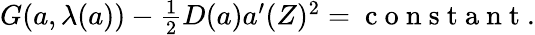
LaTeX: \begin{array}{r}{G({a},\lambda({a}))-\frac{1}{2}D({a}){a}^{\prime}(Z)^{2}=\mathrm{~c~o~n~s~t~a~n~t~}.}\end{array}